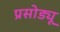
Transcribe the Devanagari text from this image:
प्रसोड्यू